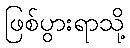
ဖြစ်ပွားရာသို့